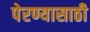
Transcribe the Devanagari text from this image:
पेरण्यासाठी